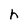
Character: h